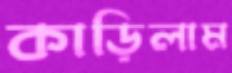
কাড়িলাম